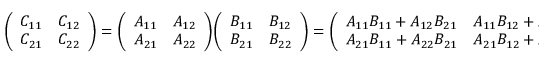
{ \left( \begin{array} { l l } { C _ { 1 1 } } & { C _ { 1 2 } } \\ { C _ { 2 1 } } & { C _ { 2 2 } } \end{array} \right) } = { \left( \begin{array} { l l } { A _ { 1 1 } } & { A _ { 1 2 } } \\ { A _ { 2 1 } } & { A _ { 2 2 } } \end{array} \right) } { \left( \begin{array} { l l } { B _ { 1 1 } } & { B _ { 1 2 } } \\ { B _ { 2 1 } } & { B _ { 2 2 } } \end{array} \right) } = { \left( \begin{array} { l l } { A _ { 1 1 } B _ { 1 1 } + A _ { 1 2 } B _ { 2 1 } } & { A _ { 1 1 } B _ { 1 2 } + A _ { 1 2 } B _ { 2 2 } } \\ { A _ { 2 1 } B _ { 1 1 } + A _ { 2 2 } B _ { 2 1 } } & { A _ { 2 1 } B _ { 1 2 } + A _ { 2 2 } B _ { 2 2 } } \end{array} \right) }